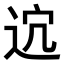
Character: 𨒆